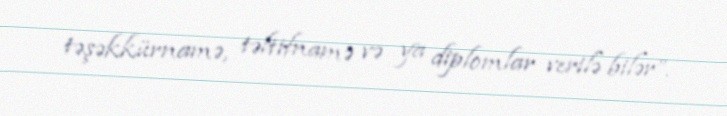
təşəkkürnamə, təltifnamə və ya diplomlar verilə bilər”.